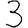
Digit: 3